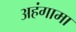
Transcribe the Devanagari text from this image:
अहंगामा